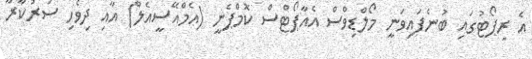
އެ ރިޕޯޓުގައި ބުނެފައިވަނީ މޯލްޑިވްސް އެއާޕޯޓްސް ކޮމްޕެނީ (އެމްއޭސީއެލް) އާއި ދިވެހި ސަރުކާރާ